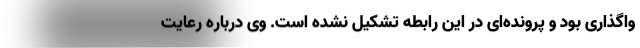
واگذاری بود و پرونده‌ای در این رابطه تشکیل نشده است. وی درباره رعایت